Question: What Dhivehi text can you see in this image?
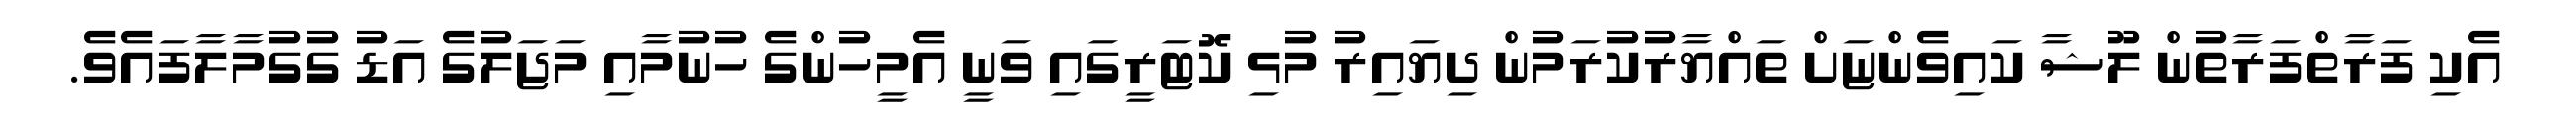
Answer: އެކި ފަރާތްފަރާތުން ލޫޝާ ކައިވެންޏަށް ތައްޔާރުކުރަމުން ދިޔައިރު މުޅި ކޮޓަރީގައި ވަނީ އެމީހުންގެ ހުނުމާއި މަޖަލުގެ އަޑު ގުގުމާލާފައެވެ.